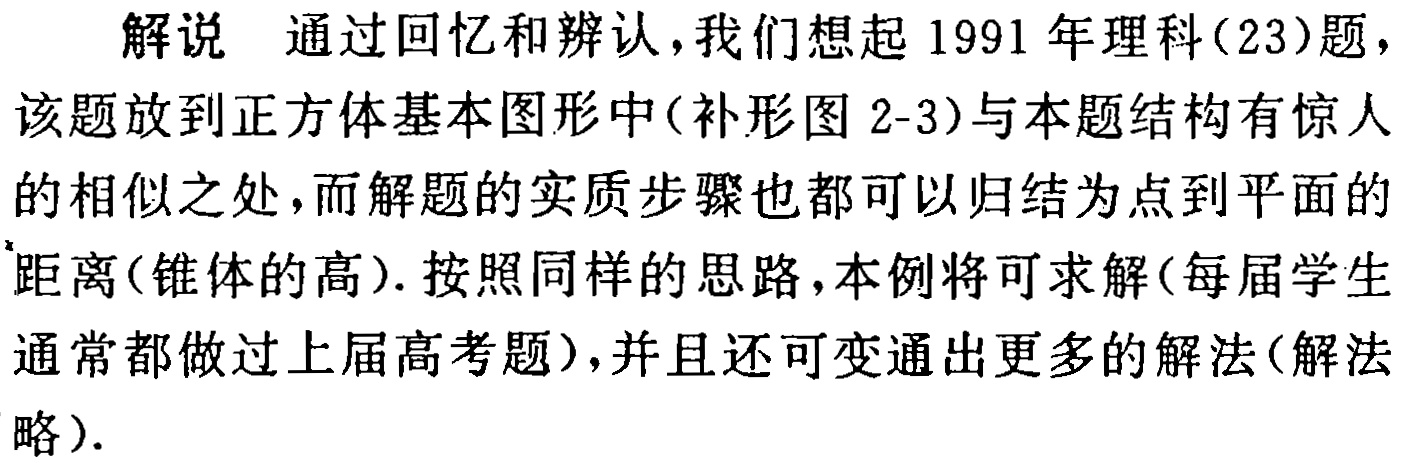
解说 通过回忆和辨认，我们想起1991年理科(23)题，该题放到正方体基本图形中(补形图2-3)与本题结构有惊人的相似之处，而解题的实质步骤也都可以归结为点到平面的距离(锥体的高). 按照同样的思路，本例将可求解(每届学生通常都做过上届高考题)，并且还可变通出更多的解法(解法略).